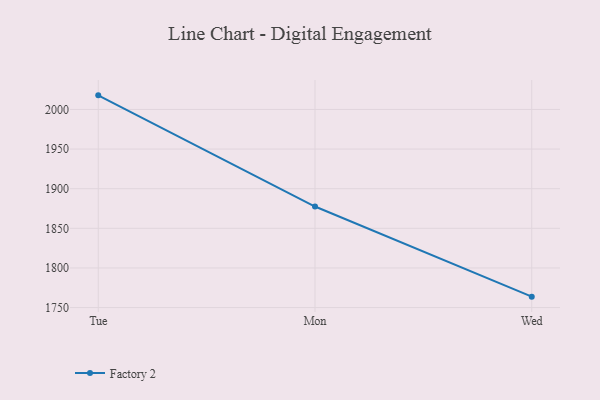
{"axis": {"x": "Day", "y": "Conversion Rate (%)"}, "legend": ["Factory 2"], "data": [{"x": "Tue", "y": 2017.8, "type": "Factory 2"}, {"x": "Mon", "y": 1877.5, "type": "Factory 2"}, {"x": "Wed", "y": 1763.8, "type": "Factory 2"}]}